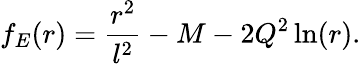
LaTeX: f_{E}(r)=\frac{r^{2}}{l^{2}}-M-2Q^{2}\ln(r).